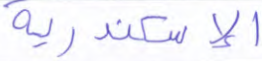
الإسكندرية